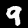
Label: 9